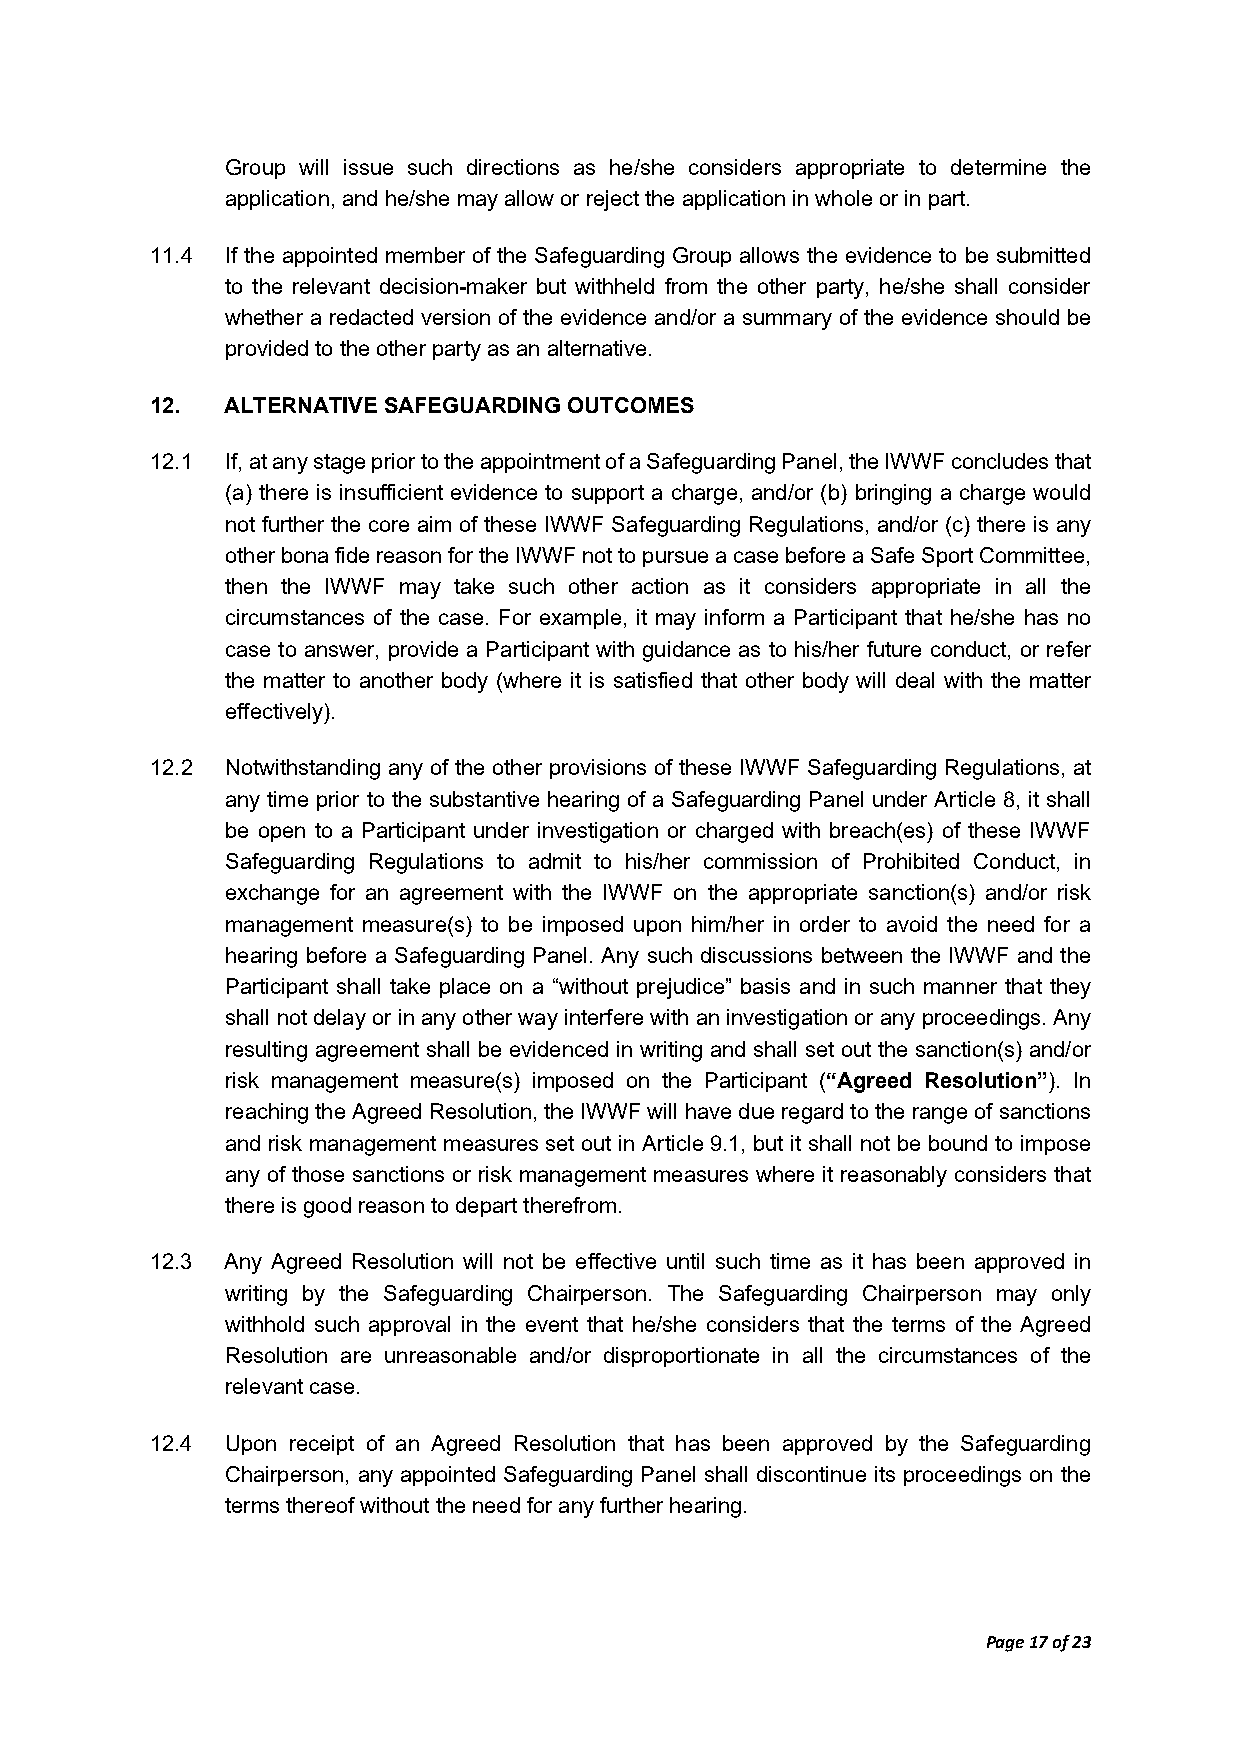
Group will issue such directions as he/she considers appropriate to determine the
 application, and he/she may allow or reject the application in whole or in part.
 11.4 If the appointed member of the Safeguarding Group allows the evidence to be submitted
 to the relevant decision-maker but withheld from the other party, he/she shall consider
 whether a redacted version of the evidence and/or a summary of the evidence should be
 provided to the other party as an alternative.
 12.  ALTERNATIVE SAFEGUARDING OUTCOMES
 12.1 If, at any stage prior to the appointment of a Safeguarding Panel, the IWWF concludes that
 (a) there is insufficient evidence to support a charge, and/or (b) bringing a charge would
 not further the core aim of these IWWF Safeguarding Regulations, and/or (c) there is any
 other bona fide reason for the IWWF not to pursue a case before a Safe Sport Committee,
 then the IWWF may take such other action as it considers appropriate in all the
 circumstances of the case. For example, it may inform a Participant that he/she has no
 case to answer, provide a Participant with guidance as to his/her future conduct, or refer
 the matter to another body (where it is satisfied that other body will deal with the matter
 effectively).
 12.2 Notwithstanding any of the other provisions of these IWWF Safeguarding Regulations, at
 any time prior to the substantive hearing of a Safeguarding Panel under Article 8, it shall
 be open to a Participant under investigation or charged with breach(es) of these IWWF
 Safeguarding Regulations to admit to his/her commission of Prohibited Conduct, in
 exchange for an agreement with the IWWF on the appropriate sanction(s) and/or risk
 management measure(s) to be imposed upon him/her in order to avoid the need for a
 hearing before a Safeguarding Panel. Any such discussions between the IWWF and the
 Participant shall take place on a “without prejudice” basis and in such manner that they
 shall not delay or in any other way interfere with an investigation or any proceedings. Any
 resulting agreement shall be evidenced in writing and shall set out the sanction(s) and/or
 risk management measure(s) imposed on the Participant (“Agreed Resolution”). In
 reaching the Agreed Resolution, the IWWF will have due regard to the range of sanctions
 and risk management measures set out in Article 9.1, but it shall not be bound to impose
 any of those sanctions or risk management measures where it reasonably considers that
 there is good reason to depart therefrom.
 12.3 Any Agreed Resolution will not be effective until such time as it has been approved in
 writing by the Safeguarding Chairperson. The Safeguarding Chairperson may only
 withhold such approval in the event that he/she considers that the terms of the Agreed
 Resolution are unreasonable and/or disproportionate in all the circumstances of the
 relevant case.
 12.4 Upon receipt of an Agreed Resolution that has been approved by the Safeguarding
 Chairperson, any appointed Safeguarding Panel shall discontinue its proceedings on the
 terms thereof without the need for any further hearing.
 Page 17 of 23